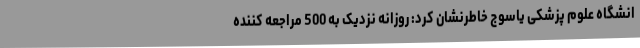
انشگاه علوم پزشکی یاسوج خاطرنشان کرد: روزانه نزدیک به 500 مراجعه کننده